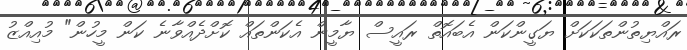
ރައްޔިތުންތަކަކަށް ޔަގީންކަން އެބައޮތް ރައީސް ޔާމީން އެކަންތައް ކޮށްދެއްވާނެ ކަން މީހުން" މުއިއްޒު